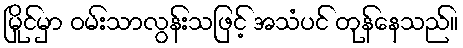
မြိုင်မှာ ဝမ်းသာလွန်းသဖြင့် အသံပင် တုန်နေသည်။